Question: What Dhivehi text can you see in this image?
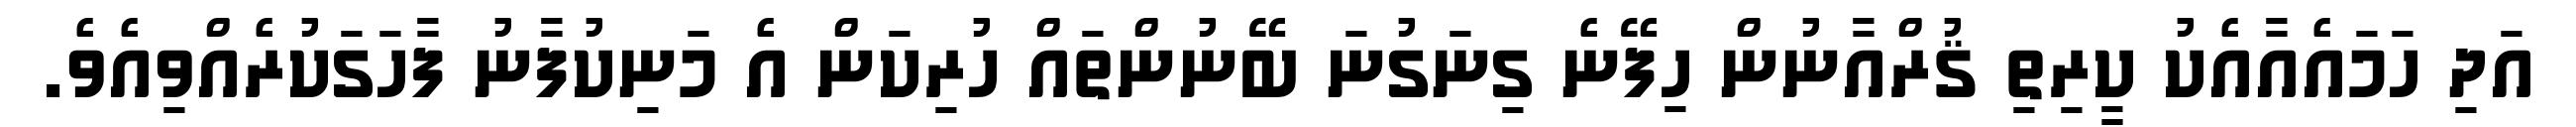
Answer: އަދި ހަމައެއާއެކު ކީރިތި ޤުރްއާނުން ހިފޭނެ ގިނަގުނަ ބޭނުންތައް ހުރިކަން އެ މަނިކުފާނު ފާހަގަކުރެއްވިއެވެ.